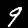
Digit: 9